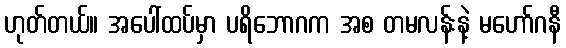
ဟုတ်တယ်။ အပေါ်ထပ်မှာ ပရိဘောဂက အစ တမလန်းနဲ့ မဟော်ဂနီ